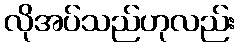
လိုအပ်သည်ဟုလည်း